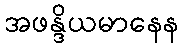
အဖန္ဒိယမာနေန